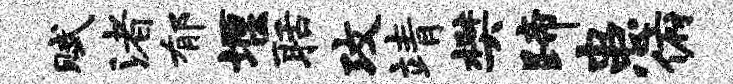
赋渚郁堰聒攻靖樊蹄患俯